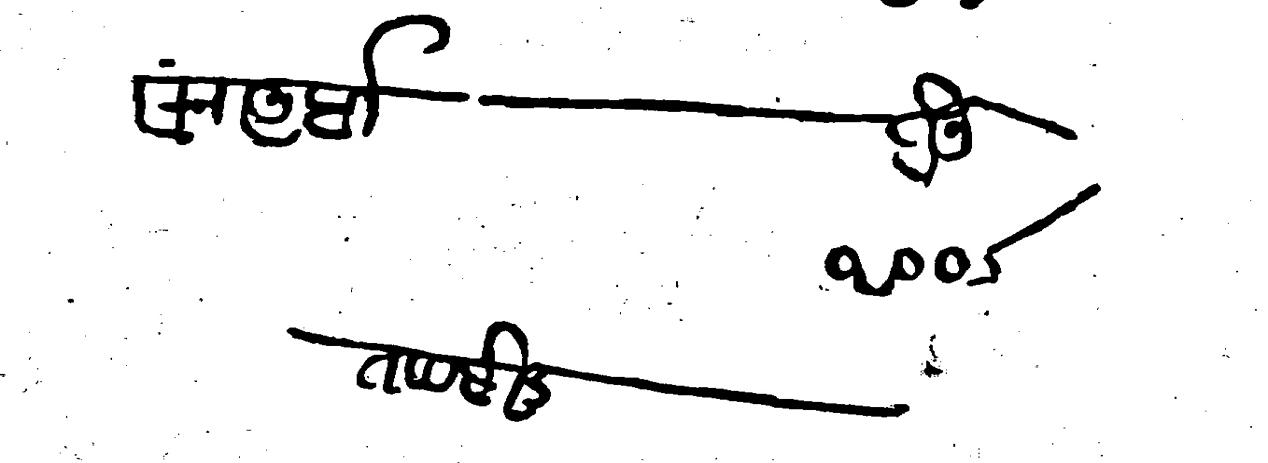
Transliteration (Devanagari): सन आर्बा  होनू १००σ तपसील